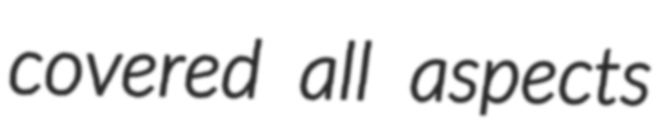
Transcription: covered all aspects